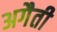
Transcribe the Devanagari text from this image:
अगैती